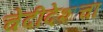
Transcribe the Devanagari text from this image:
चेदीदेशचा